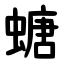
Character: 螗